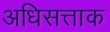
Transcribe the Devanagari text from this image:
अधिसत्ताक